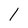
Character: l